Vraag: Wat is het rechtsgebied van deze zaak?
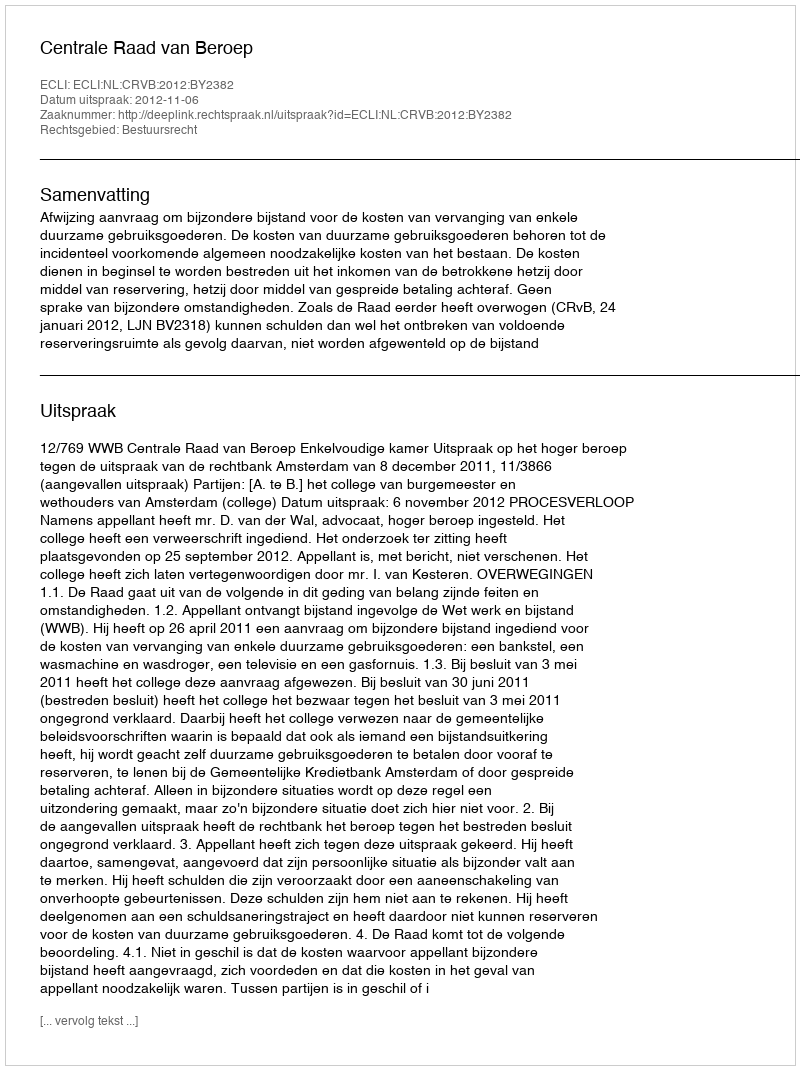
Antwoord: Bestuursrecht